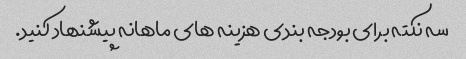
سه نکته برای بودجه بندی هزینه های ماهانه پیشنهاد کنید.